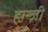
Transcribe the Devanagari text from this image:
हान्ज़ी